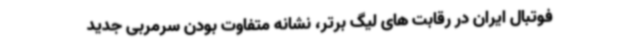
فوتبال ایران در رقابت های لیگ برتر، نشانه متفاوت بودن سرمربی جدید